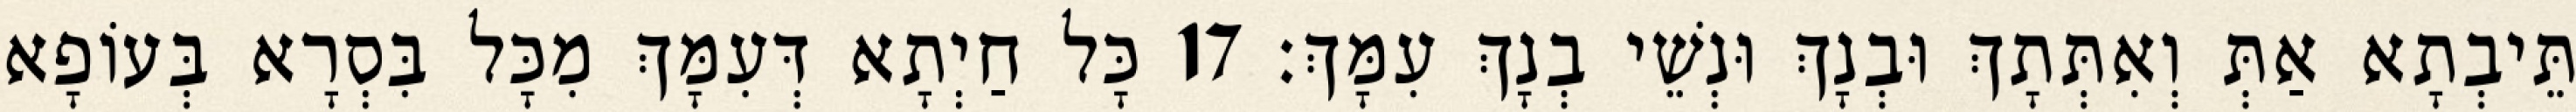
תֵּיבְתָא אַתְּ וְאִתְּתָךְ וּבְנָךְ וּנְשֵׁי בְנָךְ עִמָּךְ׃ 17 כָּל חַיְתָא דְּעִמָּךְ מִכָּל בִּסְרָא בְּעוֹפָא